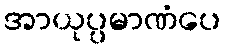
အာယုပ္ပမာဏံပေ